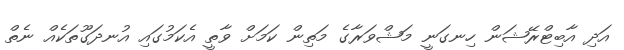
އަދި އާބިޓްރޭޝަން ހިނގަނީ މަޝްވަރާގެ މަތިން ކަމަށް ވާތީ އެކަމުގައި އުނދަގޫތަކެއް ނެތް